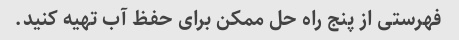
فهرستی از پنج راه حل ممکن برای حفظ آب تهیه کنید.